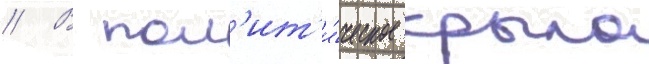
// В пол'ит'и́ческое крыло